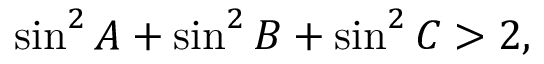
\sin ^ { 2 } A + \sin ^ { 2 } B + \sin ^ { 2 } C > 2 ,